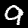
Label: 9